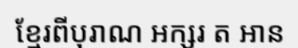
ខ្មែរពីបុរាណ អក្សរ ត អាន